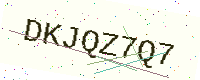
Text: DKJQZ7Q7